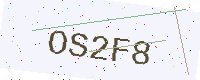
Text: OS2F8